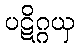
ပဋိဂ္ဂယှ